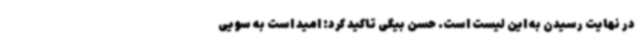
در نهایت رسیدن به این لیست است. حسن بیگی تاکید کرد: امید است به سویی